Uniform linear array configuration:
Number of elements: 32
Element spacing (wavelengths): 1
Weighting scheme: exponential
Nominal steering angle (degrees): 60
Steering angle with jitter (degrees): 58.051
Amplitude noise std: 0.05
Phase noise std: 0.05

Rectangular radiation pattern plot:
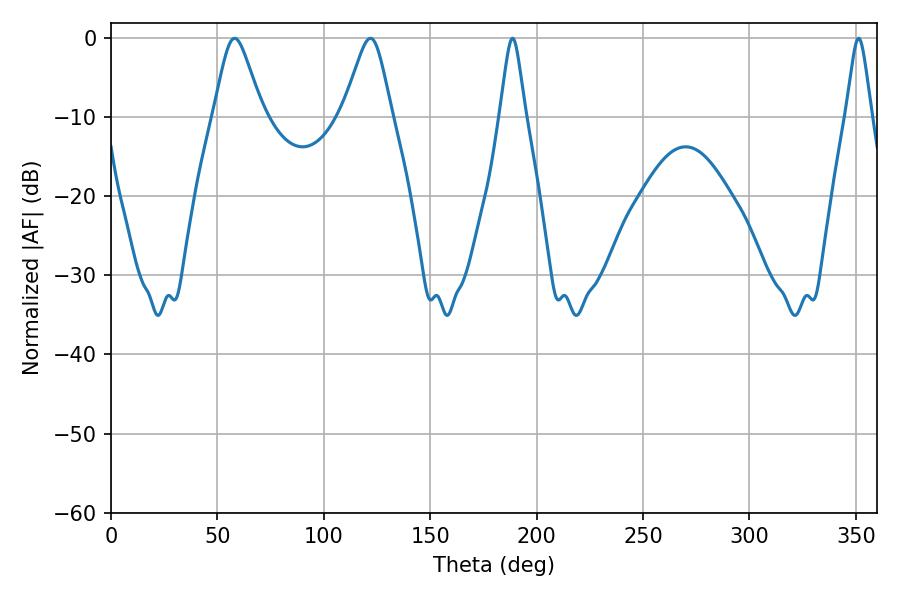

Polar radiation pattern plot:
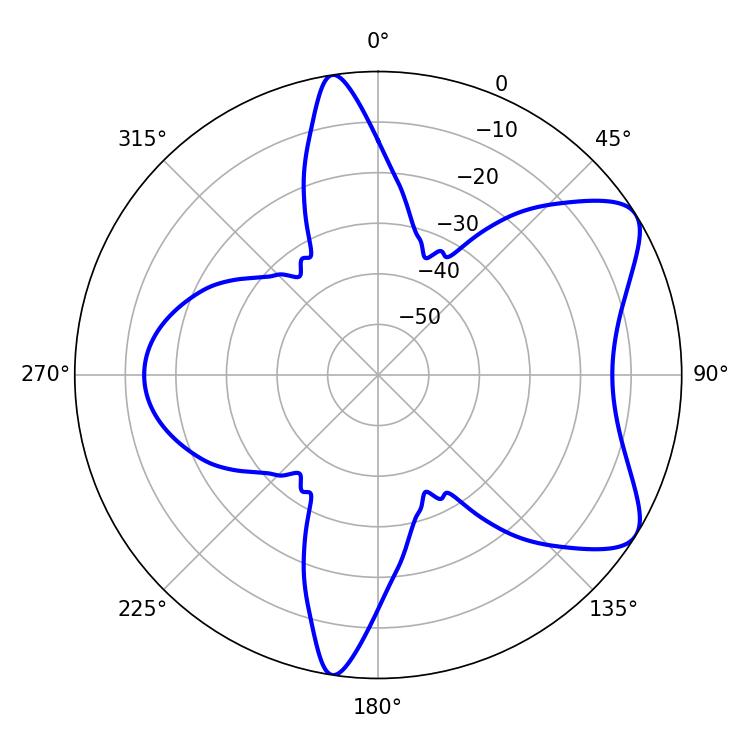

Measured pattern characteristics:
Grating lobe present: TRUE
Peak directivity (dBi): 7.419
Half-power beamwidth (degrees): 10.98
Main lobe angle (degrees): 58.14